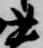
書